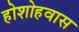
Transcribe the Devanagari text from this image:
होशोहवास